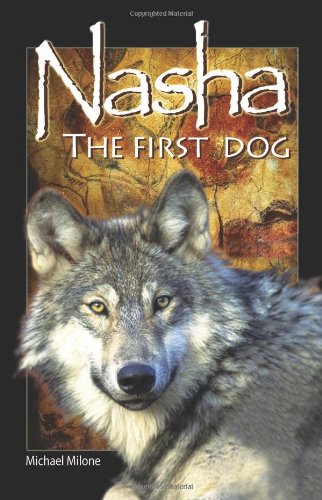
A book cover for Nasha: The First Dog; Michael Milone; Teen & Young Adult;